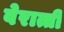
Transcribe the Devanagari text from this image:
वेरात्ती